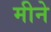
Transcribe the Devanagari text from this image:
मीने